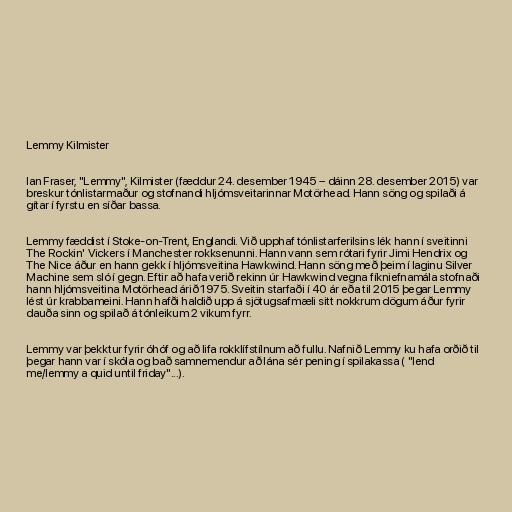
Lemmy Kilmister

Ian Fraser, "Lemmy", Kilmister (fæddur 24. desember 1945 – dáinn 28. desember 2015) var
breskur tónlistarmaður og stofnandi hljómsveitarinnar Motörhead. Hann söng og spilaði á
gítar í fyrstu en síðar bassa.

Lemmy fæddist í Stoke-on-Trent, Englandi. Við upphaf tónlistarferilsins lék hann í sveitinni
The Rockin' Vickers í Manchester rokksenunni. Hann vann sem rótari fyrir Jimi Hendrix og
The Nice áður en hann gekk í hljómsveitina Hawkwind. Hann söng með þeim í laginu Silver
Machine sem sló í gegn. Eftir að hafa verið rekinn úr Hawkwind vegna fíkniefnamála stofnaði
hann hljómsveitina Motörhead árið 1975. Sveitin starfaði í 40 ár eða til 2015 þegar Lemmy
lést úr krabbameini. Hann hafði haldið upp á sjötugsafmæli sitt nokkrum dögum áður fyrir
dauða sinn og spilað á tónleikum 2 vikum fyrr.

Lemmy var þekktur fyrir óhóf og að lifa rokklífstílnum að fullu. Nafnið Lemmy ku hafa orðið til
þegar hann var í skóla og bað samnemendur að lána sér pening í spilakassa ( "lend
me/lemmy a quid until friday"...).